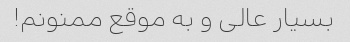
بسیار عالی و به موقع ممنونم!